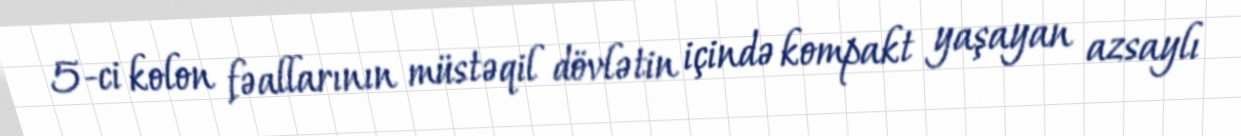
5-ci kolon fəallarının müstəqil dövlətin içində kompakt yaşayan azsaylı